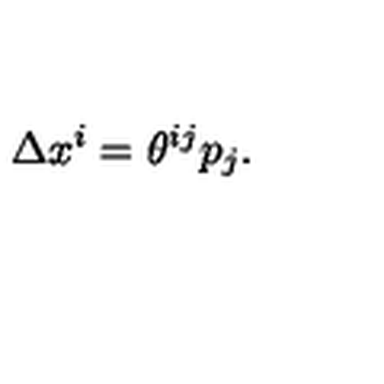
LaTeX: \Delta x ^ { i } = \theta ^ { i j } p _ { j } .